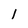
Character: 1